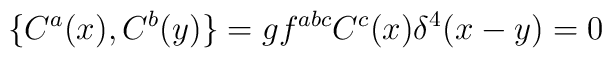
\{C^a(x),C^b(y)\}=gf^{abc}C^c(x)\delta ^4(x-y)=0